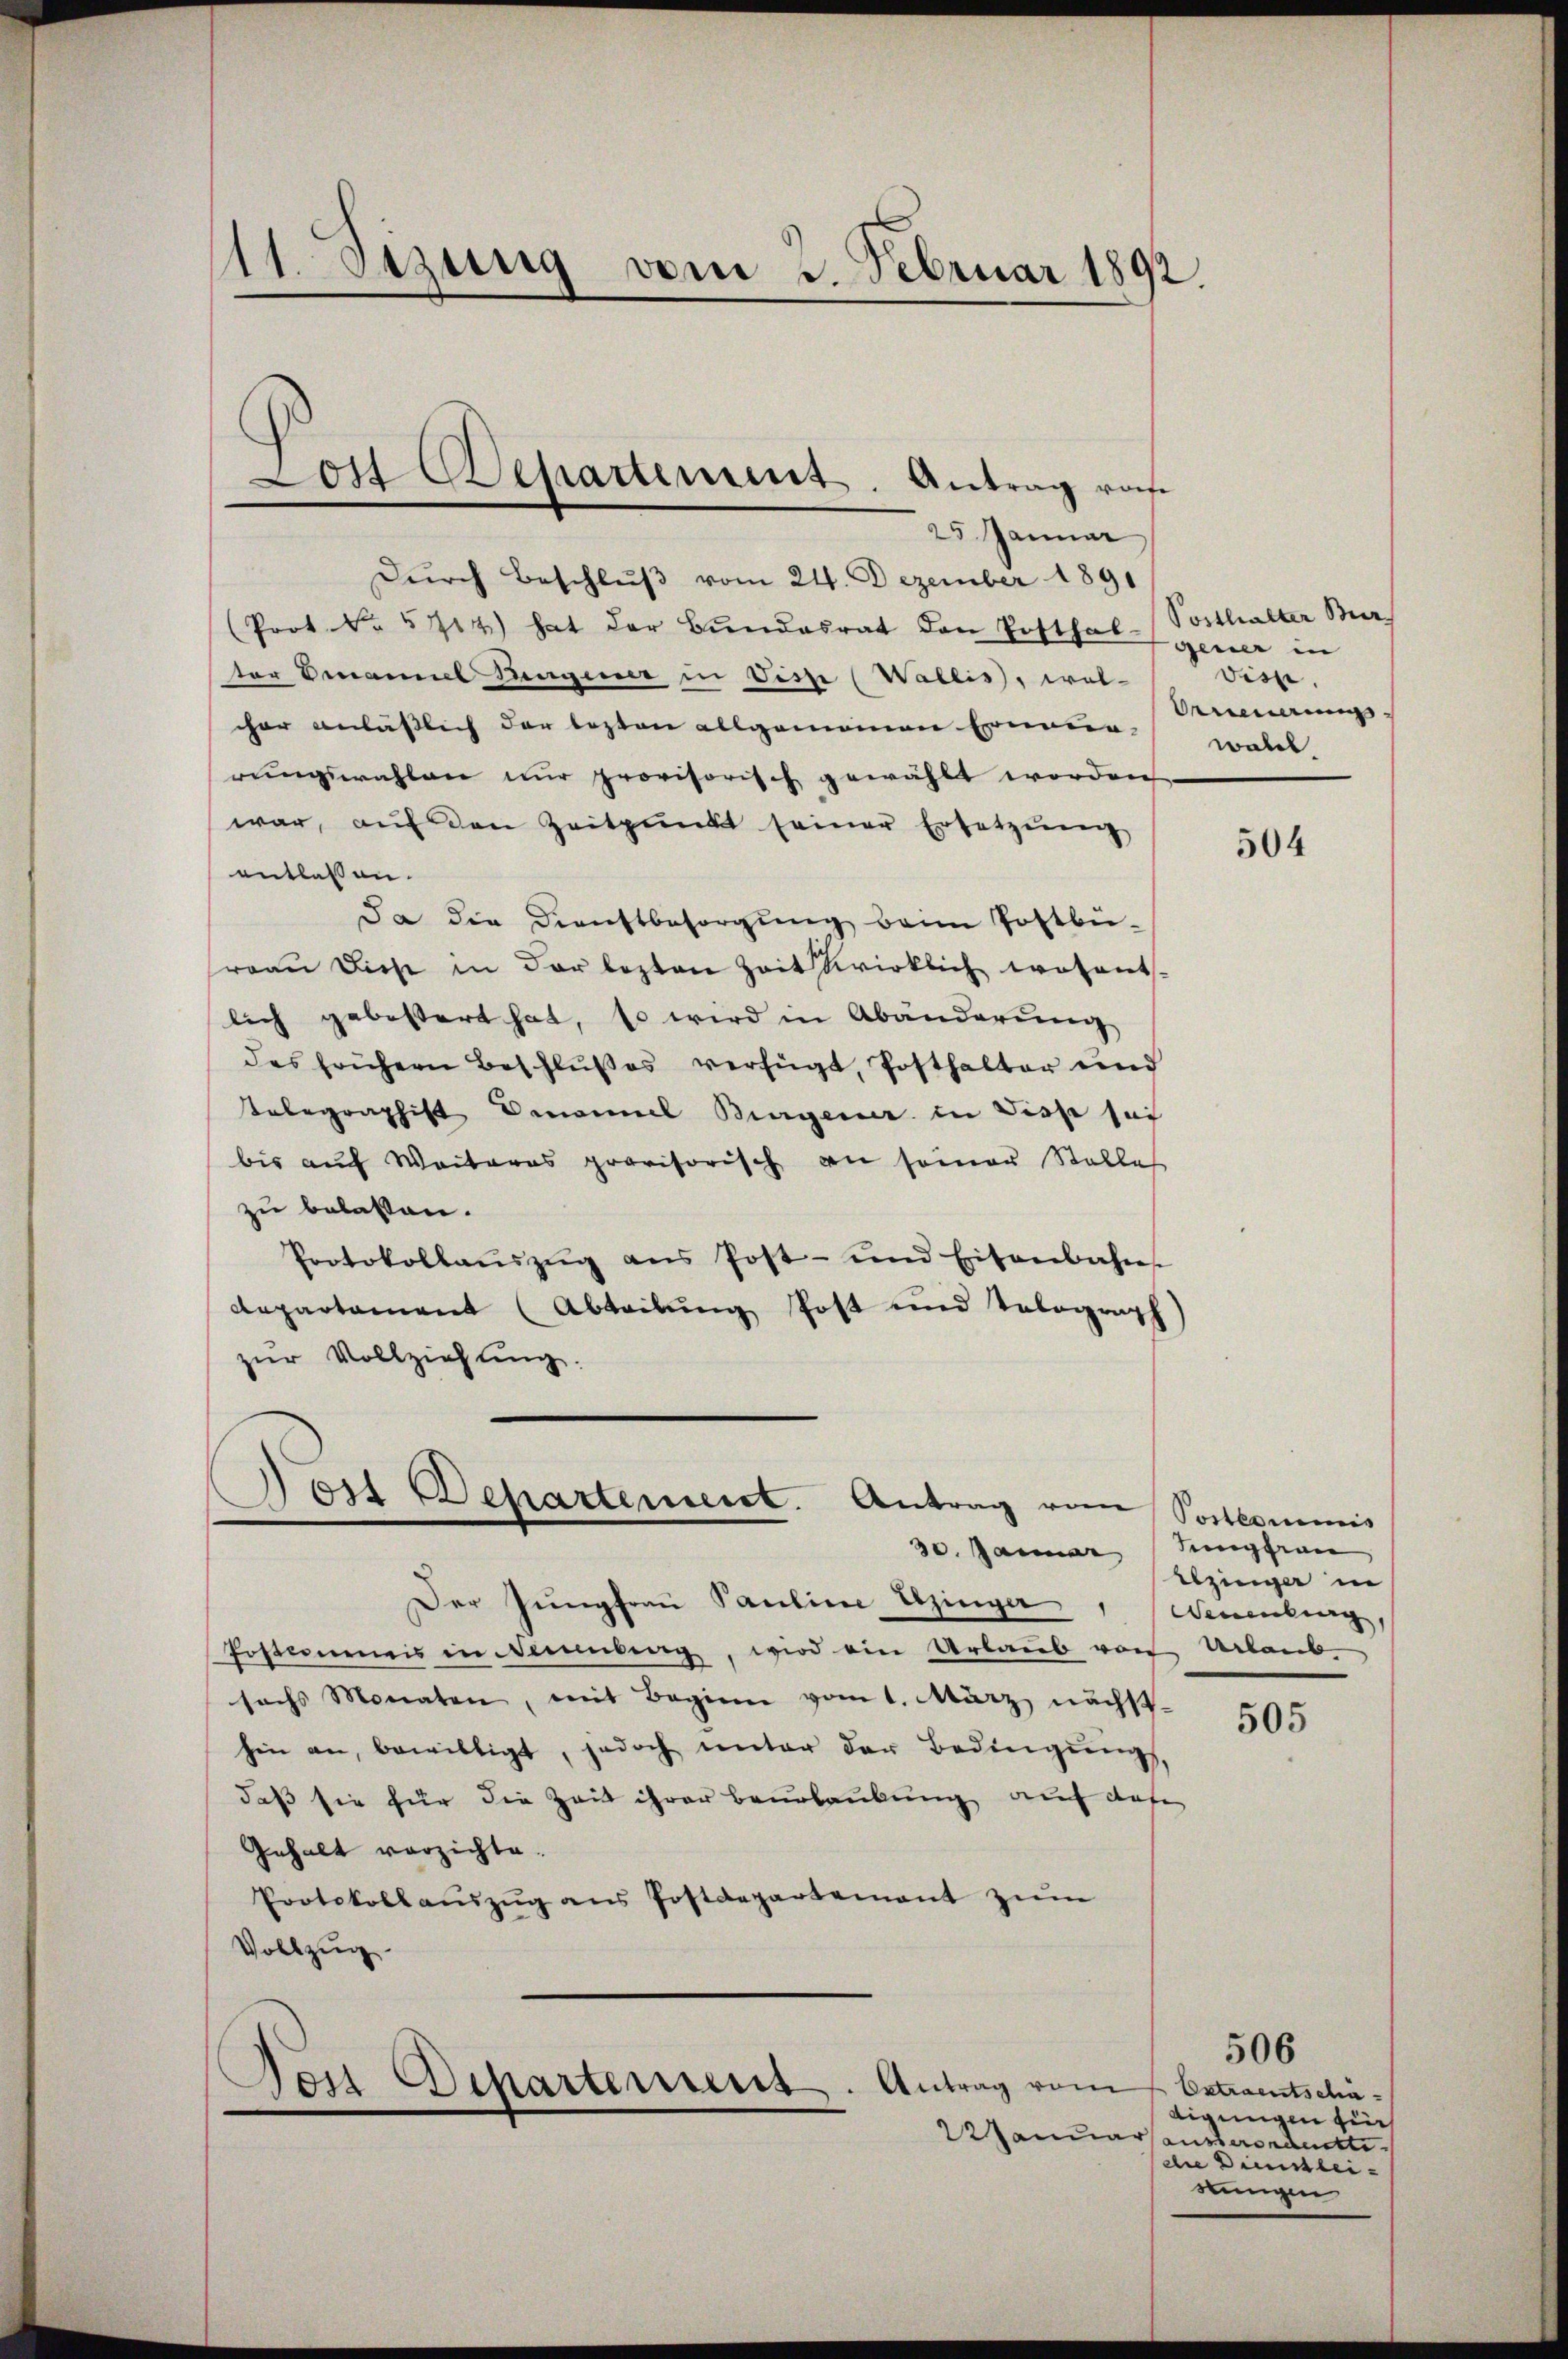
11 Sizung vom 2. Februar 1892

Lott Departement. Antrag rohe

25 Januar
Dŭrch Beschlŭβ vom 24. Dezember 1891
(Prot. Nr. 5714) hat der Bundesrat den Posthal gener in
ter Omanns Ringener in Disse (Wallis, wel-
cher anlässlich der lezten allgemeinen Erneur-
rŭngswahlen nŭr provisorisch gewählt worden
war, aŭf den Zeitpunkt seiner Ersetzŭng
entlassen.
Ja die Dienstbesorgung beim Postbü-
reau diese in der lezten Zeit wirklich wesentlich geböttert hat, so wird in Abänderung
des frühern Beschlußes verfügt, Posthalter und
Telegraphist Denommel Bingener in Disse sei
bis auf Weiteres provisorisch an seiner Stallas
zu belassen.
Protokollaŭszŭg ans Post- und Eisenbahns
departement (Abteilung Post und Telegraph
zŭr Vollziehung.
)

ost Departement. Antrag vom
30. Januar Jungfrau

Der Jungfrau Pauline Utzinger, Neuenburg,
Postenmeis in Neuenburg, wird ein Urlaub von Urlaub
sechs Monaten, mit Beginn vom 1. März nächst
hin an, bewilligt, jedoch unter der Bedingŭng,
daß sie für die Zeit ihrer Beurlaubung auf das
Gehalt verzichte.
Protokollaŭszŭg ans Postdepartement zŭm
Vollzug.
don Schartenuss. Antrag vom

22 Janua

Posthalter Bur
vise.
Bennerung
woll

Postkommis
Utzinger in

505

504

Estraentschädigungen für
rausserordette.
die Diessleistungen

506